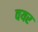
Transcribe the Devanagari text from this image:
वयर